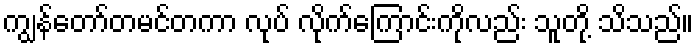
ကျွန်တော်တမင်တကာ လုပ် လိုက်ကြောင်းကိုလည်း သူတို့ သိသည်။